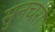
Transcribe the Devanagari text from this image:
सुनचरी